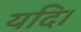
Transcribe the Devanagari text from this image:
यदि।